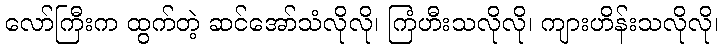
လော်ကြီးက ထွက်တဲ့ ဆင်အော်သံလိုလို၊ ကြံဟီးသလိုလို၊ ကျားဟိန်းသလိုလို၊